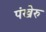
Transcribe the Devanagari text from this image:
पंखेरु